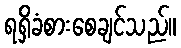
ရရှိခံစားစေချင်သည်။